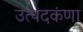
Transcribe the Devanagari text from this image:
उत्पदकंणा